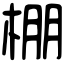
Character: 棚